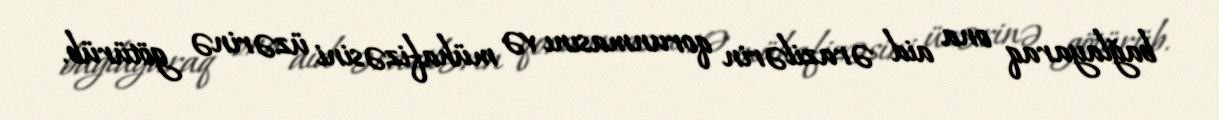
bağlayaraq ona aid ərazilərin qorunmasını və mühafizəsini üzərinə götürüb.